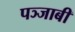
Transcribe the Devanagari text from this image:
पञ्जाबी